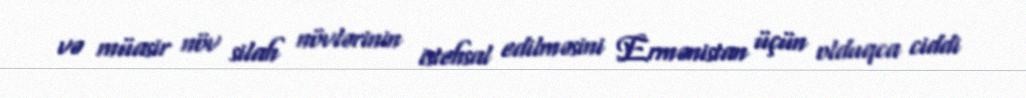
və müasir növ silah növlərinin istehsal edilməsini Ermənistan üçün olduqca ciddi